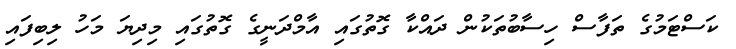
ކަސްޓަމުގެ ތަފާސް ހިސާބުތަކުން ދައްކާ ގޮތުގައި އާމްދަނީގެ ގޮތުގައި މިދިޔަ މަހު ލިބިފައި